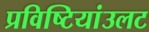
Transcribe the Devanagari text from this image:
प्रविष्टियांउलट